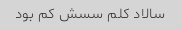
سالاد کلم سسش کم بود